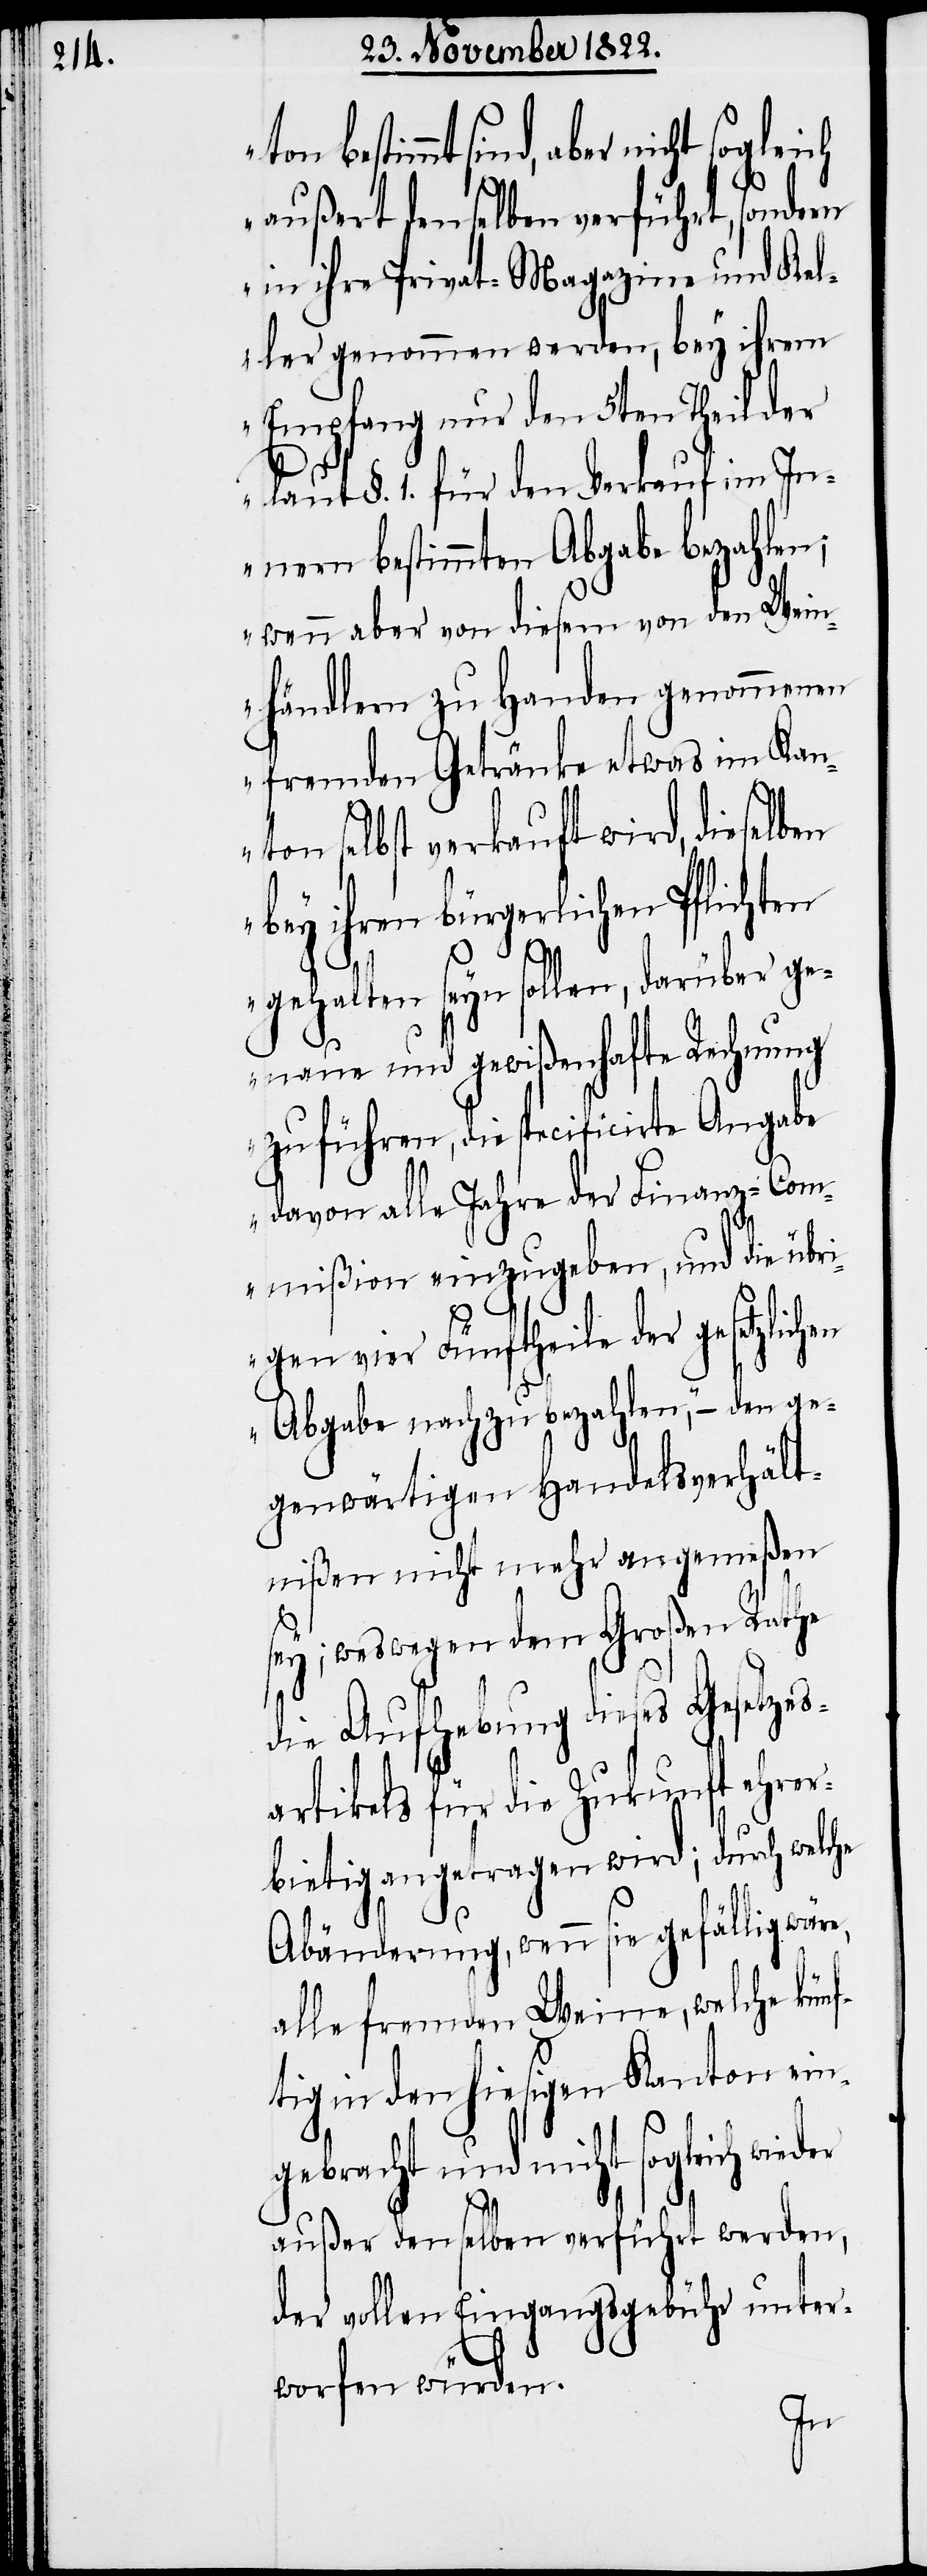
gebracht und nicht sogleich
außert denselben verführt, sondern
in ihre Privat-Magazine und Kel¬
ler genommen werden, bey ihrem
Empfang nur den 5ten Theil der
laut §. 1. für den Verkauf im In¬
nern bestimmten Abgabe bezahlen;
wenn aber von diesem von den Wein¬
händlern zu Handen genommenen
fremden Getränke etwas im Kan¬
ton selbst verkauft wird, dieselben
bey ihren bürgerlichen Pflichten
gehalten seyn sollen, darüber ge¬
naue und gewißenhafte Rechnung
zu führen, die specificirte Angabe
davon alle Jahre der Finanz-Com¬
mißion einzugeben, und die übri¬
gen vier Fünftheile der gesetzlichen
Abgabe nachzubezahlen,“ – den ge¬
genwärtigen Handelsverhält¬
nißen nicht mehr angemeßen
sey; weswegen dem Großen Rathe
die Aufhebung dieses Gesetzes¬
artikels für die Zukunft ehrer¬
bietig angetragen wird; durch welche
Abänderung, wenn sie gefällig wäre,
alle fremden Weine, welche kün¬
tig in den hiesigen Kanton ein¬
außer denselben verführt werden,
der vollen Eingangsgebühr unter¬
worfen würden.
f¬